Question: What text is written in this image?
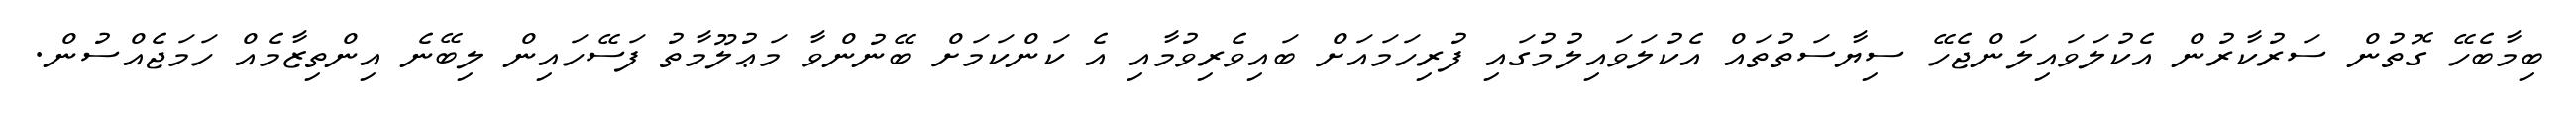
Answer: ބިމާބެހޭ ގޮތުން ސަރުކާރުން އެކުލަވައިލަންޖެހޭ ސިޔާސަތުތައް އެކުލަވައިލުމުގައި ފުރިހަމައަށް ބައިވެރިވުމާއި އެ ކަންކަމަށް ބޭނުންވާ މަޢުލޫމާތު ފަސޭހައިން ލިބޭނެ އިންތިޒާމެއް ހަމަޖެއްސުން.